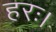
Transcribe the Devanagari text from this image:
हरः।